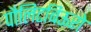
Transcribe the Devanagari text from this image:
पौलिटबिऊरो